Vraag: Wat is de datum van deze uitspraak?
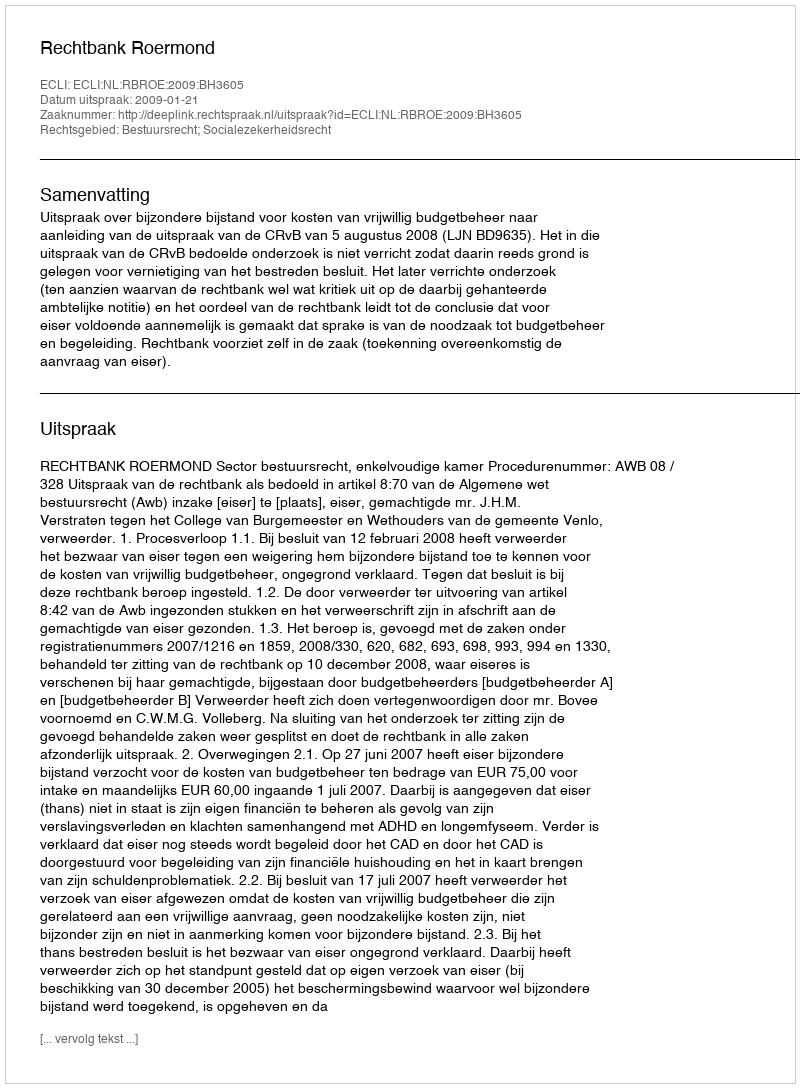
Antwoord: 2009-01-21